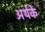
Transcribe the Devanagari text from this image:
अर्थके